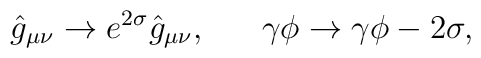
\hat{g}_{\mu\nu}\to e^{2\sigma}\hat{g}_{\mu\nu},\ \ \ \ \ \gamma\phi\to \gamma\phi-2\sigma,